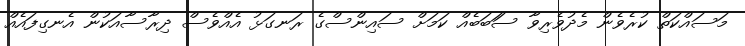
މަސައްކަތް ކުރެވެން މެދުވެރިވާ ސަަބަަބެއް ކަމަށް ސައިންސްގެ ރަނގަޅު އެއްވެސް ދިރާސާއަކުން އެނގިފައެއް